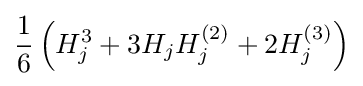
{\frac {1}{6}}\left(H_{j}^{3}+3H_{j}H_{j}^{(2)}+2H_{j}^{(3)}\right)